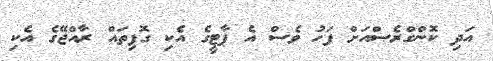
އަދި ކޮންގްރެސްއަށް ފަހު ވެސް އެ ޕާޓީގެ އެކި ގޮފިތައް ރާއްޖޭގެ އެކި